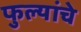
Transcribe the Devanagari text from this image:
फुल्यांचे